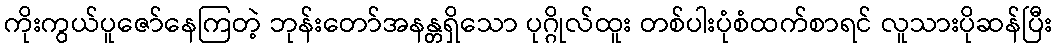
ကိုးကွယ်ပူဇော်နေကြတဲ့ ဘုန်းတော်အနန္တရှိသော ပုဂ္ဂိုလ်ထူး တစ်ပါးပုံစံထက်စာရင် လူသားပိုဆန်ပြီး